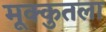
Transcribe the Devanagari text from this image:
मूक्कुतला